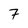
Character: 7